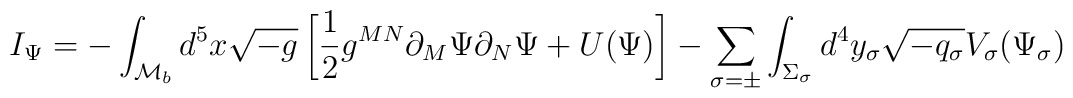
I_{\Psi} = -\int_{{\cal M}_b} d^5x\sqrt{-g}  \left[\frac{1}{2}g^{MN}\partial_M\Psi\partial_N\Psi   +U(\Psi)\right]  - \sum_{\sigma=\pm}\int_{\Sigma_{\sigma}}d^4y_{\sigma}  \sqrt{-q_{\sigma}}V_{\sigma}(\Psi_{\sigma})